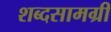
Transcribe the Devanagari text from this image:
शब्दसामग्री